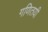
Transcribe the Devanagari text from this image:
गणितयी